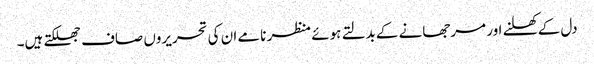
دل کے کھلنے اور مرجھانے کے بدلتے ہوئے منظر نامے ان کی تحریروں صاف جھلکتے ہیں۔